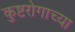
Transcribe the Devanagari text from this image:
कुष्टरोगाच्या